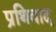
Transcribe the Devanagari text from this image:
प्रथिवाद्